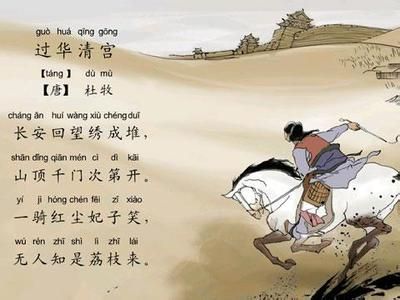
寒灯思旧事，断雁警愁眠。